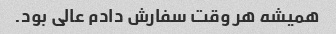
همیشه هر وقت سفارش دادم عالی بود.